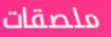
ملصقات